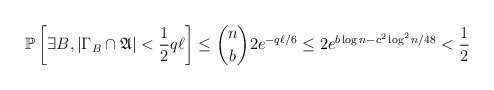
\begin{align*} \mathbb{P}\left[ \exists B, \left| \Gamma_B \cap \mathfrak{A} \right| < \frac{1}{2} q\ell \right] \leq \binom{n}{b} 2e^{-q\ell/6} \leq 2e^{b \log n - c^2 \log^2 n/48} < \frac{1}{2}\end{align*}